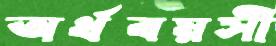
অর্ধবয়সী